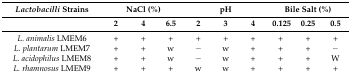
<table><thead><tr><td><b><i>Lactobacilli</i> Strains</b></td><td colspan="3"><b>NaCl (%)</b></td><td colspan="3"><b>pH</b></td><td colspan="3"><b>Bile Salt (%)</b></td></tr><tr><td></td><td><b>2</b></td><td><b>4</b></td><td><b>6.5</b></td><td><b>2</b></td><td><b>3</b></td><td><b>4</b></td><td><b>0.125</b></td><td><b>0.25</b></td><td><b>0.5</b></td></tr></thead><tbody><tr><td><i>L. animalis</i> LMEM6</td><td>+</td><td>+</td><td>+</td><td>+</td><td>+</td><td>+</td><td>+</td><td>+</td><td>+</td></tr><tr><td><i>L. plantarum</i> LMEM7</td><td>+</td><td>+</td><td>w</td><td>−</td><td>w</td><td>+</td><td>+</td><td>+</td><td>−</td></tr><tr><td><i>L. acidophilus</i> LMEM8</td><td>+</td><td>+</td><td>w</td><td>−</td><td>w</td><td>+</td><td>+</td><td>+</td><td>W</td></tr><tr><td><i>L. rhamnosus</i> LMEM9</td><td>+</td><td>+</td><td>+</td><td>w</td><td>w</td><td>+</td><td>+</td><td>+</td><td>+</td></tr></tbody></table>